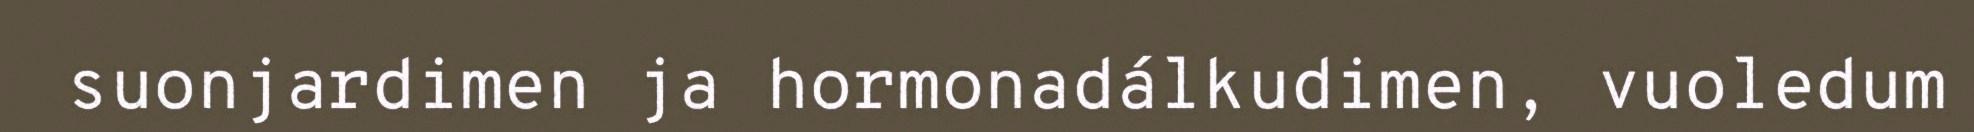
suonjardimen ja hormonadálkudimen, vuoledum